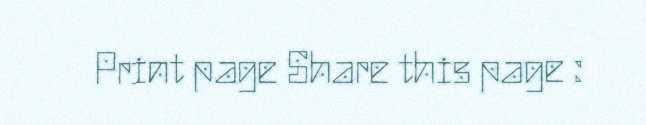
Print page Share this page :